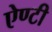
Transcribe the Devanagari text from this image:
ऐण्टी